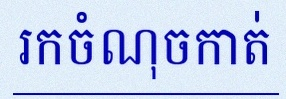
រកចំណុចកាត់